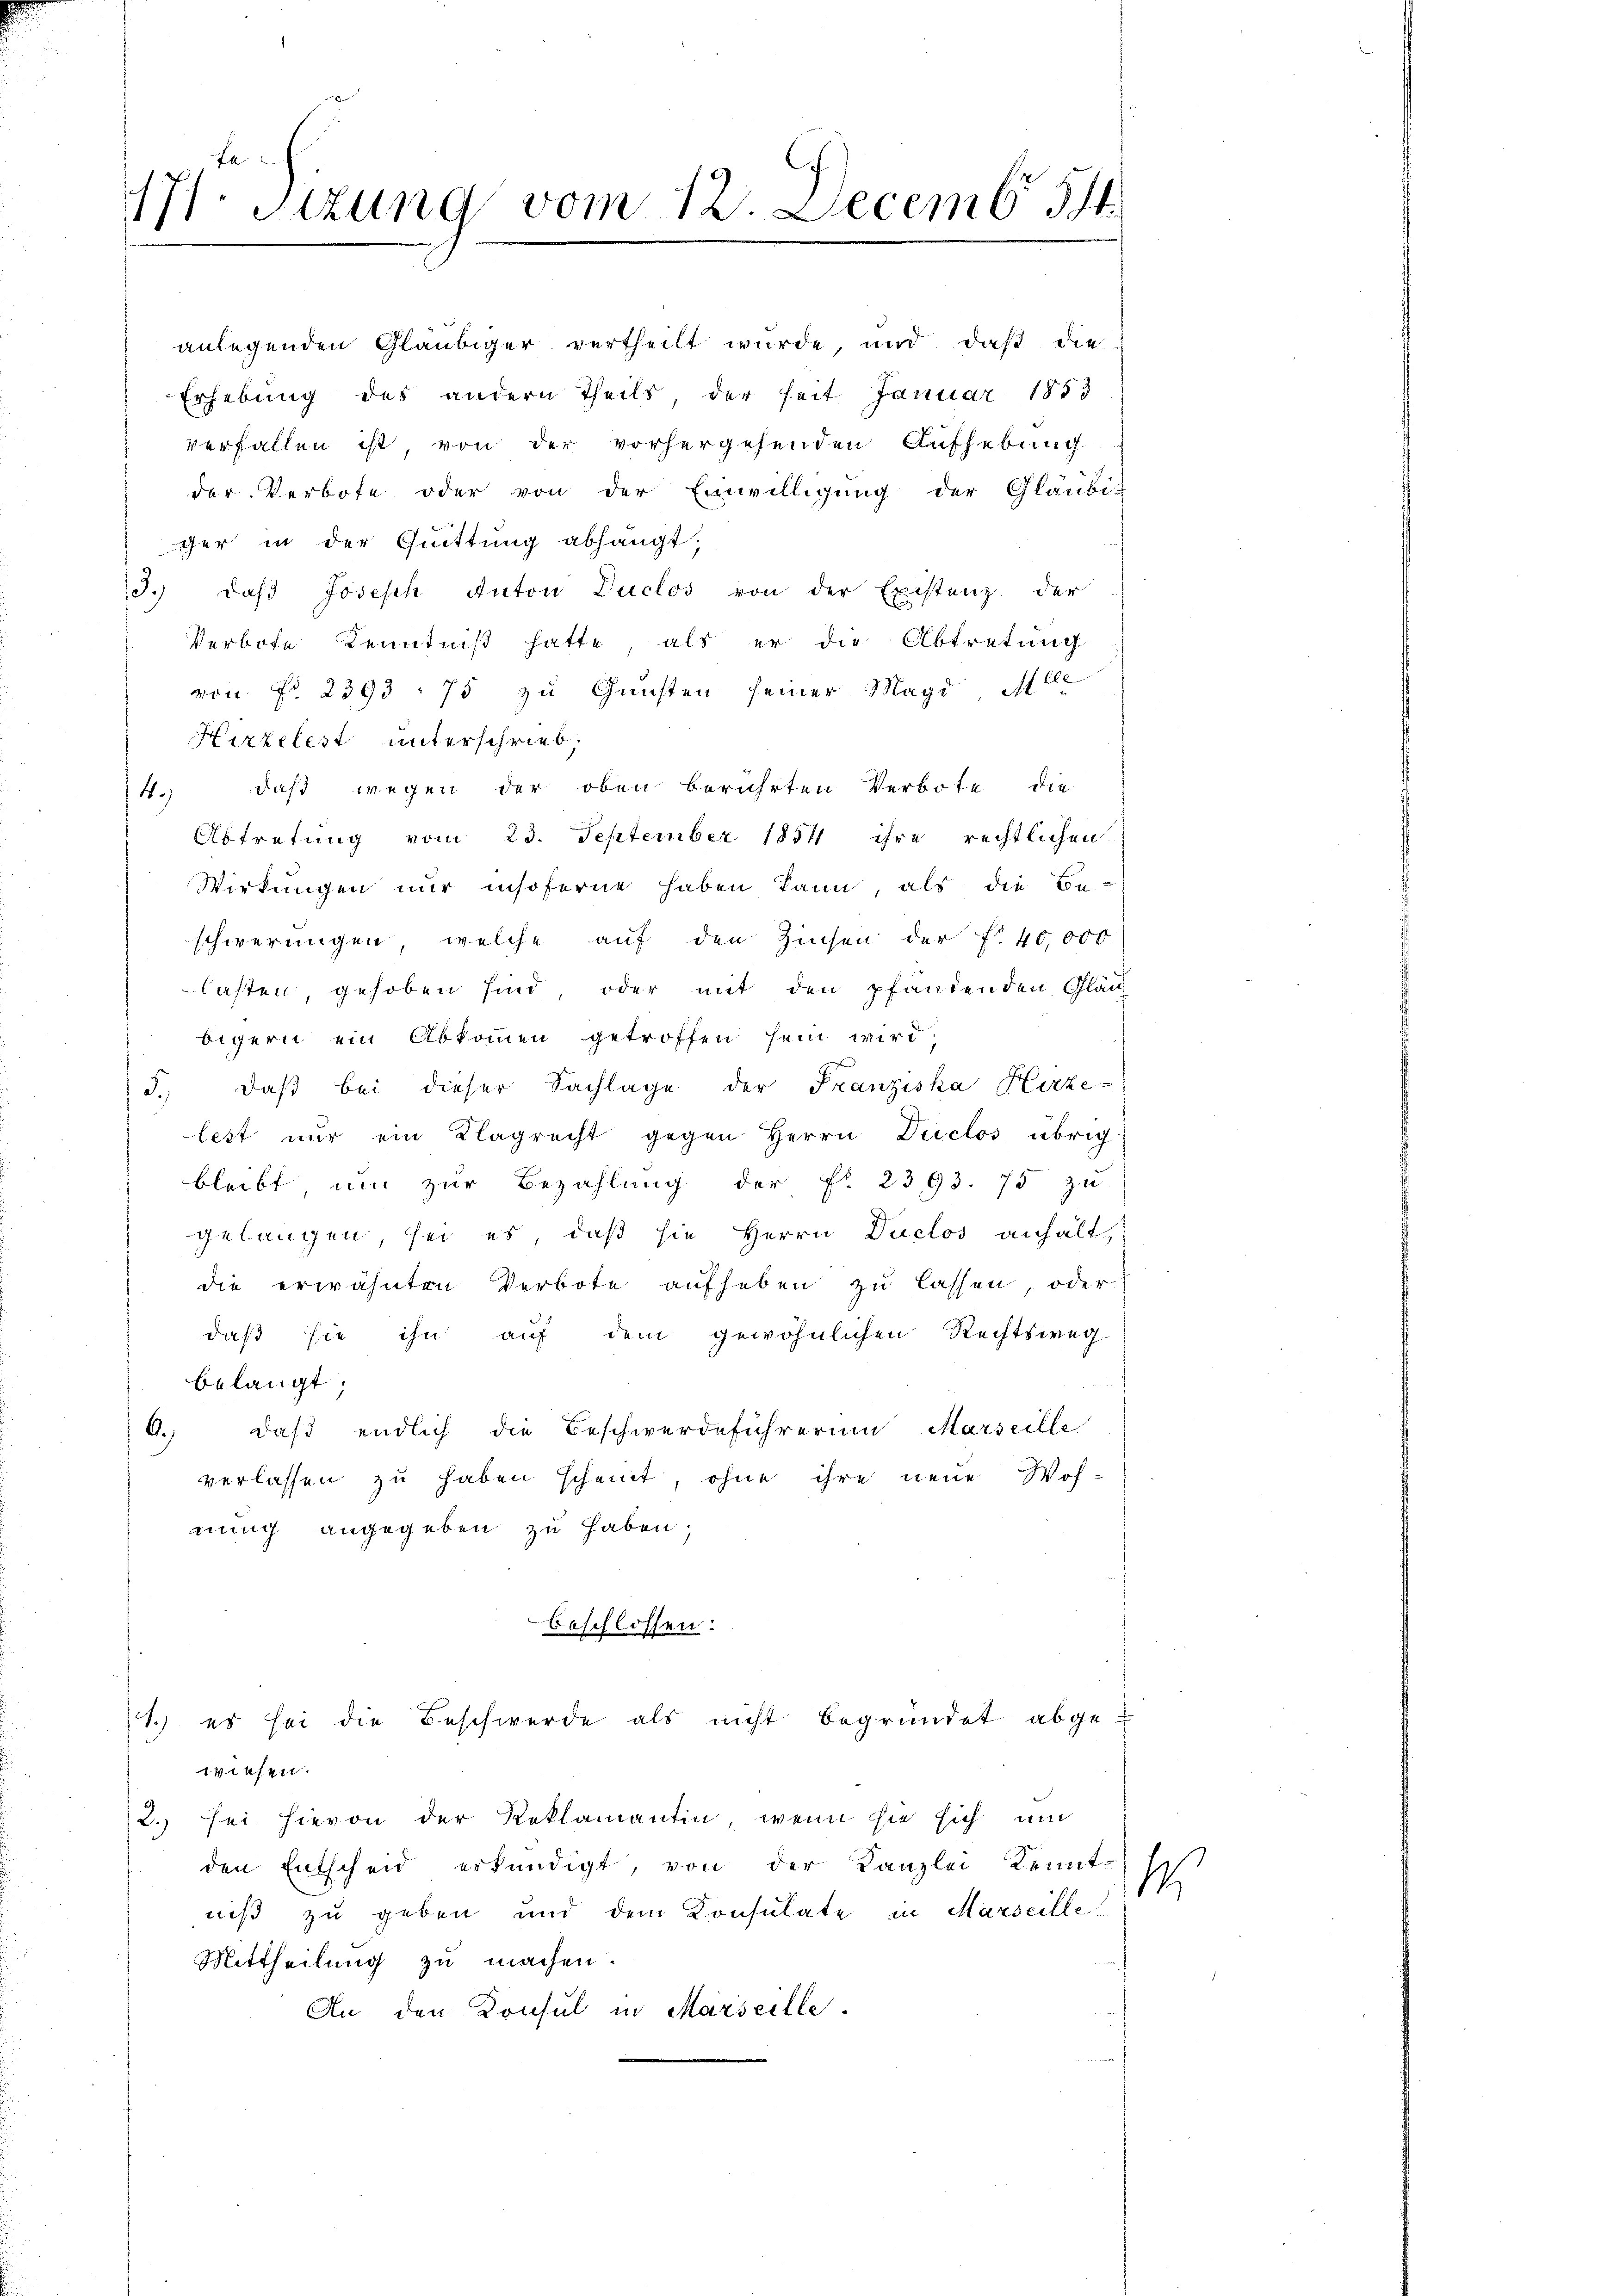
f
171. Sitzung vom 12. Decemb. 51.

Erhebung des andern Theils, der heit Januar 1853
verfallen ist von der vorhergehenden Aufhebung
der Verbote oder von der Einwilligung der Gläubi-
ger in der Quittung abhängt,
13. daβ Joseph Anton Duclos von der Existenz der
Verbote Kenntniß hatte, als er die Abtretung
von Nr. 2393. 75 zu Gunsten seiner Magd Mlle
Hirzelest unterschrieb.
4.) daß wegen der oben berührten Verbote die
Abtretung vom 23. September 1854 ihre rechtlichen
Wirkungen nur insoferne haben kann, als die Be-
schwerungen, welche auf den Zinsen der f. 40,000
lasten gehoben sind, oder mit den pfandenden Gläch
bigern ein Abkommen getroffen sein wird,
3., daß bei dieser Sachlage der Franziska Hirze-
lest nur ein Klagrecht gegen Herrn Duclos übrig
bleibt um zur Bezahlŭng der Fr. 2393. 75 zu
gelangen sei es, daß sie Herrn Duclos anhält,
die erwähnten Verbote aufheben zu lassen, oder
daß sie ihn auf dem gewöhnlichen Rechtsweg-
belangt;
6.) daß endlich die Beschwerdeführerin Marseille
verlassen zu haben scheint, ohne ihre neue Woh-
nung angegeben zu haben;
beschlossen:
1.) es sei die Beschwerde als nicht begründet abgewiesen.
2. Sei hievon der Reklamantin, wenn sie sich um
den Entscheid erkundigt, von der Kanzlei Kennt-
.
niß zu geben und dem Konsulate in Marseille
Mittheilung zu machen.
An den Konsul in Marseille.

anlegenden Gläubiger vertheilt wurde, und daß die